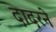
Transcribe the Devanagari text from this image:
दादरने